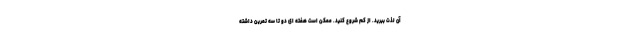
آن لذت ببرید. از کم شروع کنید. ممکن است هفته ای دو تا سه تمرین داشته